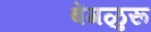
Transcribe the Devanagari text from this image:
बेंगळुरू